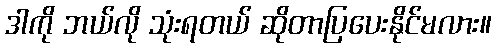
ဒါကို ဘယ်လို သုံးရတယ် ဆိုတာပြပေးနိုင်မလား။